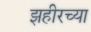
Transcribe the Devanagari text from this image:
झहीरच्या